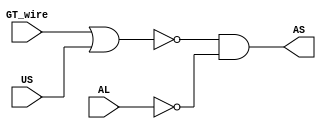
module Aspersao(AS, GT_wire, US, AL);
	input GT_wire, US, AL;
	output AS;
	
	not(AL_barrado, AL);
	
	nor NotOr0(AS_1, GT_wire, US);
	and And0(AS, AS_1, AL_barrado);
	
endmodule